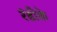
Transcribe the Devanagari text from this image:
रंडीके